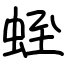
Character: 蛭